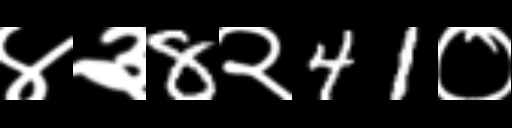
Text: ४३8२41०